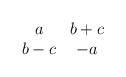
LaTeX: \begin{align*}\begin{array}{cc} a & b+c \\ b-c & -a \end{array}\end{align*}